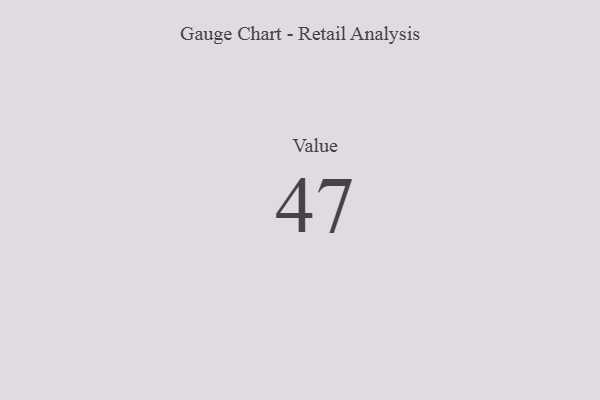
{"axis": {"x": "Metric", "y": "Value"}, "legend": [""], "data": [{"x": "Value", "y": 47, "type": ""}]}